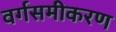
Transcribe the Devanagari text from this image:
वर्गसमीकरण